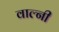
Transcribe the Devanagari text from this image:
वाल्नी